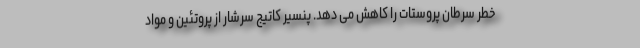
خطر سرطان پروستات را کاهش می دهد. پنسیر کاتیج سرشار از پروتئین و مواد